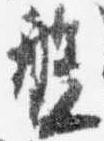
盤